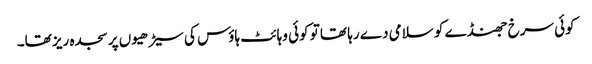
کوئی سرخ جھنڈے کو سلامی دے رہا تھا تو کوئی وہائٹ ہاؤس کی سیڑھیوں پر سجدہ ریز تھا۔